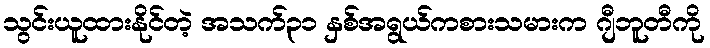
သွင်းယူထားနိုင်တဲ့ အသက်၃၁ နှစ်အရွယ်ကစားသမားက ဂျီဘူတီကို